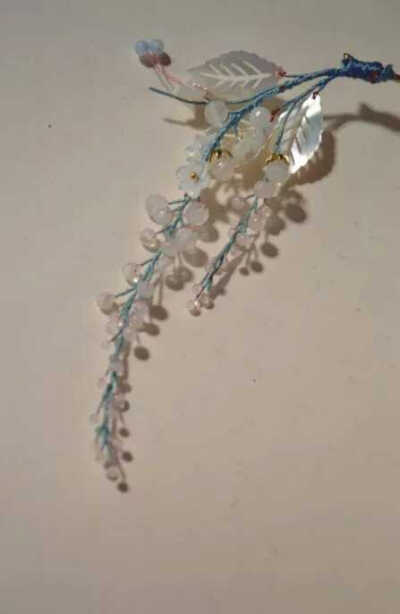
越梅半拆轻寒里，冰清淡薄笼蓝水。